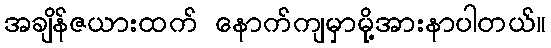
အချိန်ဇယားထက် နောက်ကျမှာမို့အားနာပါတယ်။